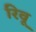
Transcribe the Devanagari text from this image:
रिवू